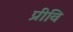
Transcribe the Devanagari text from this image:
प्रीवि